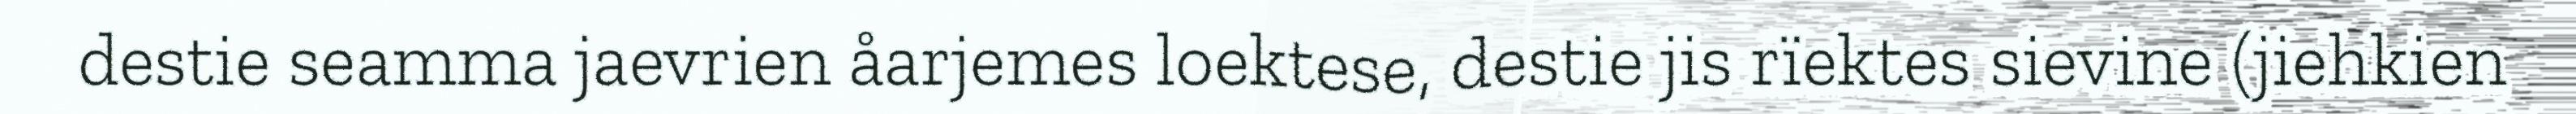
destie seamma jaevrien åarjemes loektese, destie jis rïektes sievine (jiehkien